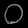
Digit: ၀